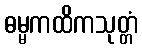
ဓမ္မကထိကသုတ္တံ